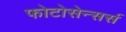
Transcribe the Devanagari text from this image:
फोटोसेन्सर्स